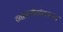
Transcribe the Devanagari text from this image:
व्यासपीठांवरून